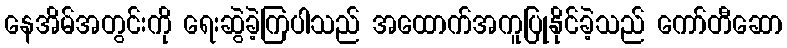
နေအိမ်အတွင်းကို ရေးဆွဲခဲ့ကြပါသည် အထောက်အကူပြုနိုင်ခဲ့သည် ကော်တီဆော